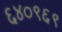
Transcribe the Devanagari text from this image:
६४०९६९